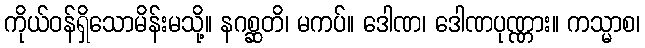
ကိုယ်ဝန်ရှိသောမိန်းမသို့။ နဂစ္ဆတိ၊ မကပ်။ ဒေါဏ၊ ဒေါဏပုဏ္ဏား။ ကသ္မာစ၊